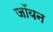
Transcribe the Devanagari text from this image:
जॉयन